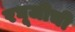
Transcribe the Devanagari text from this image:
रघूजीची